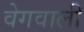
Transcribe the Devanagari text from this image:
वेगवाली